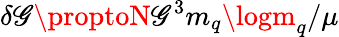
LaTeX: \delta\mathscr{G}\proptoN\mathscr{G}^{3}m_{q}\logm_{q}/\mu